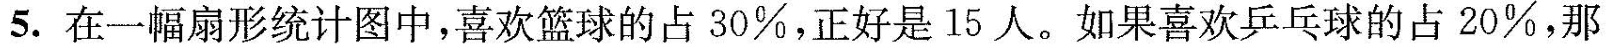
5.在一幅扇形统计图中，喜欢篮球的占30%，正好是15人。如果喜欢乒乓球的占20%，那